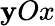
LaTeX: \mathbf{y}Ox